Annual report on the Civil Veterinary Department, Burma (including the Insein Veterinary School) - 1923-1931
Year: 1923
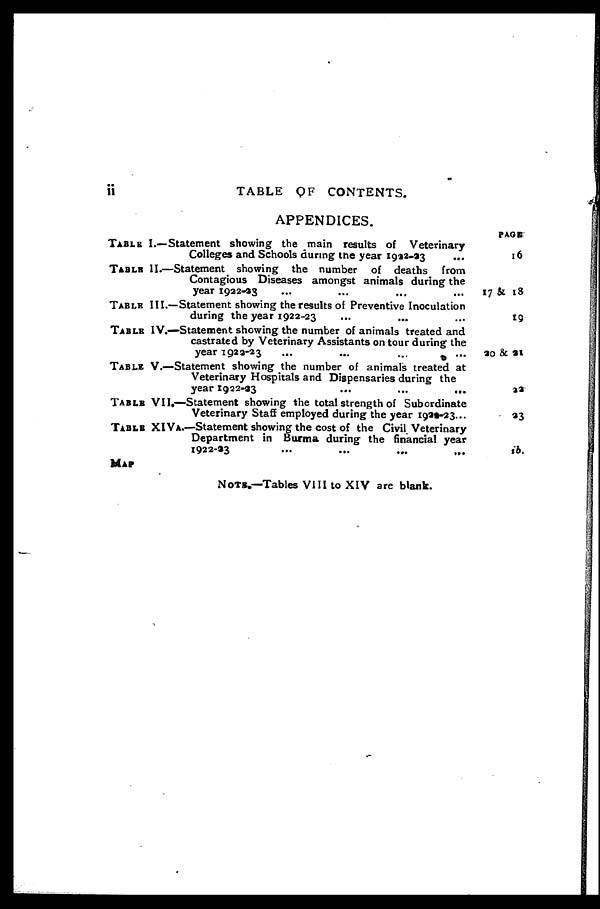
ii
TABLE OF CONTENTS.
APPENDICES.
TABLE
TABLE
TABLE
TABLE
TABLE
TABLE
TABLE
MAP
I.—Statement showing the main results of Veterinary
Colleges and Schools during the year 1932-93 ...
II.—Statement showing the number of deaths from
Contagious Diseases amongst animals during the
year 1922-33 ... ... ... ...
III.—Statement showing the results of Preventive Inoculation
during the year 1922-23 ... ... ...
IV.—Statement showing the number of animals treated and
castrated by Veterinary Assistants on tour during the
year 1923-23 ... ... ... ...
V.—Statement showing the number of animals treated at
Veterinary Hospitals and Dispensaries during the
year 1922-33
...
...
...
VII.—Statement showing the total strength of Subordinate
Veterinary Staff employed during the year 1933-23...
XIVA.—Statement showing the cost of the Civil Veterinary
Department in Burma during the financial year
1922-33 ... ... ... ...
NOTE.—Tables VIII to XIV are blank.
PAGE
16
17 & 18
19
30 & 31
22
23
ib.